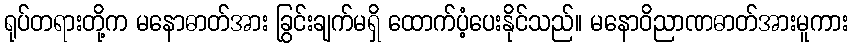
ရုပ်တရားတို့က မနောဓာတ်အား ခြွင်းချက်မရှိ ထောက်ပံ့ပေးနိုင်သည်။ မနောဝိညာဏဓာတ်အားမူကား